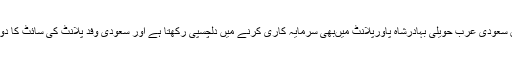
ذرائع کے مطابق سعودی عرب حویلی بہادرشاہ پاورپلانٹ میںبھی سرمایہ کاری کرنے میں دلچسپی رکھتا ہے اور سعودی وفد پلانٹ کی سائٹ کا دورہ بھی کرے گا۔